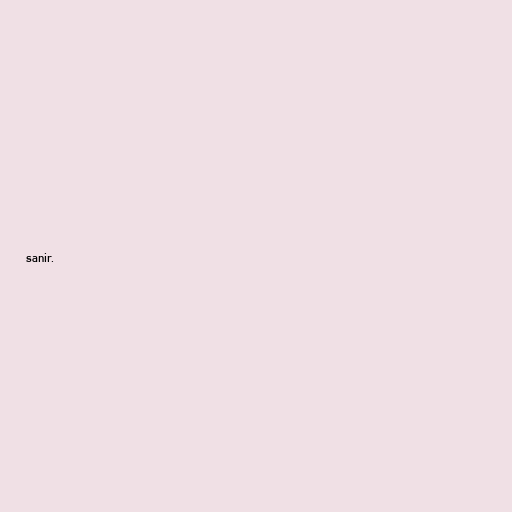
sanir.